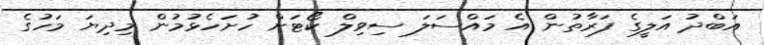
އަބްދު އަލީގެ ފަރާތުން އެ މައްސަލަ ސިވިލް ކޯޓަށް ހުށަހެޅުމުން މިދިޔަ މަހުގެ